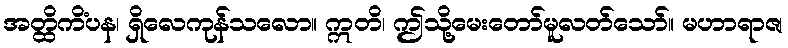
အတ္ထိကိံပန၊ ရှိလေကုန်သလော။ ဣတိ၊ ဤသို့မေးတော်မူလတ်သော်။ မဟာရာဇ၊